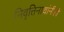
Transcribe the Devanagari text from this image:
निवृत्तिनाथांनीही